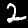
Digit: 2